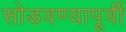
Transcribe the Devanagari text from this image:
सोडवण्यापूर्वी